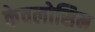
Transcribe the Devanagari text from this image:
केवलोसिम